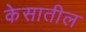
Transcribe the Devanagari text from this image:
केसातील